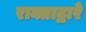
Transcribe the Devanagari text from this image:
राक्ताद्वारे